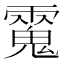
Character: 𩳮